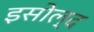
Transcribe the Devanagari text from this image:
इसोल्द